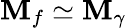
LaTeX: \mathbf{M}_{f}\simeq\mathbf{M}_{\gamma}